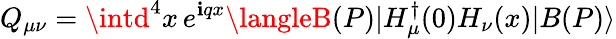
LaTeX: Q_{\mu\nu}=\intd^{4}x\, e^{\mathbf{i}qx}\langleB(P)|H_{\mu}^{\dagger}(0)H_{\nu}(x)|B(P)\rangle